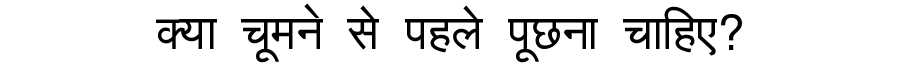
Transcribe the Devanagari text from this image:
क्या चूमने से पहले पूछना चाहिए?